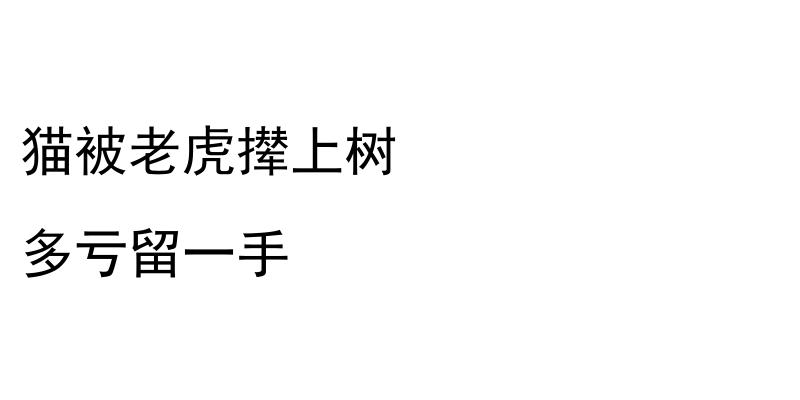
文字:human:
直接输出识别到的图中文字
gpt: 猫被老虎撵上树 多亏留一手